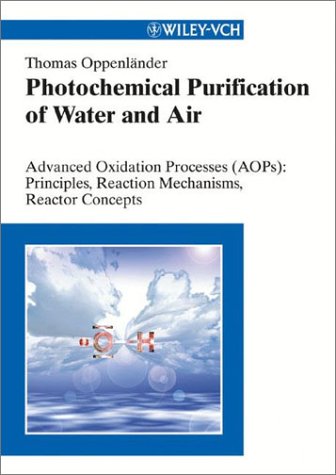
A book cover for Photochemical Purification of Water and Air: Advanced Oxidation Processes (AOPs) - Principles, Reaction Mechanisms, Reactor Concepts; Thomas OppenlÃ¤nder; Science & Math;